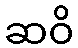
ဆဝိ